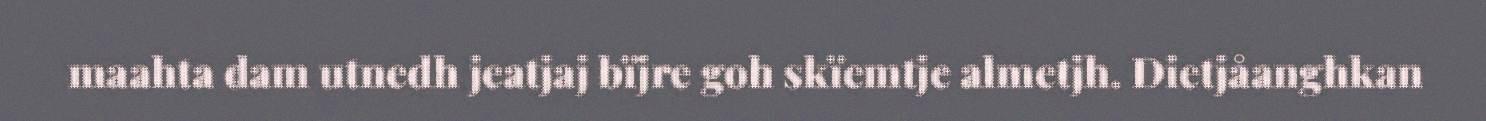
maahta dam utnedh jeatjaj bïjre goh skïemtje almetjh. Dietjåanghkan